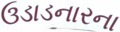
ઉડાડનારના